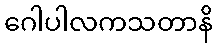
ဂေါပါလကသတာနိ